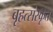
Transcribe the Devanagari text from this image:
बृहत्संस्कृत